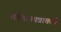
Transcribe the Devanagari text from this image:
वर्तमानपत्रातली